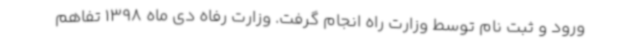
ورود و ثبت نام توسط وزارت راه انجام گرفت. وزارت رفاه دی ماه 1398 تفاهم